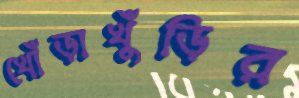
খোঁড়াখুঁড়ির